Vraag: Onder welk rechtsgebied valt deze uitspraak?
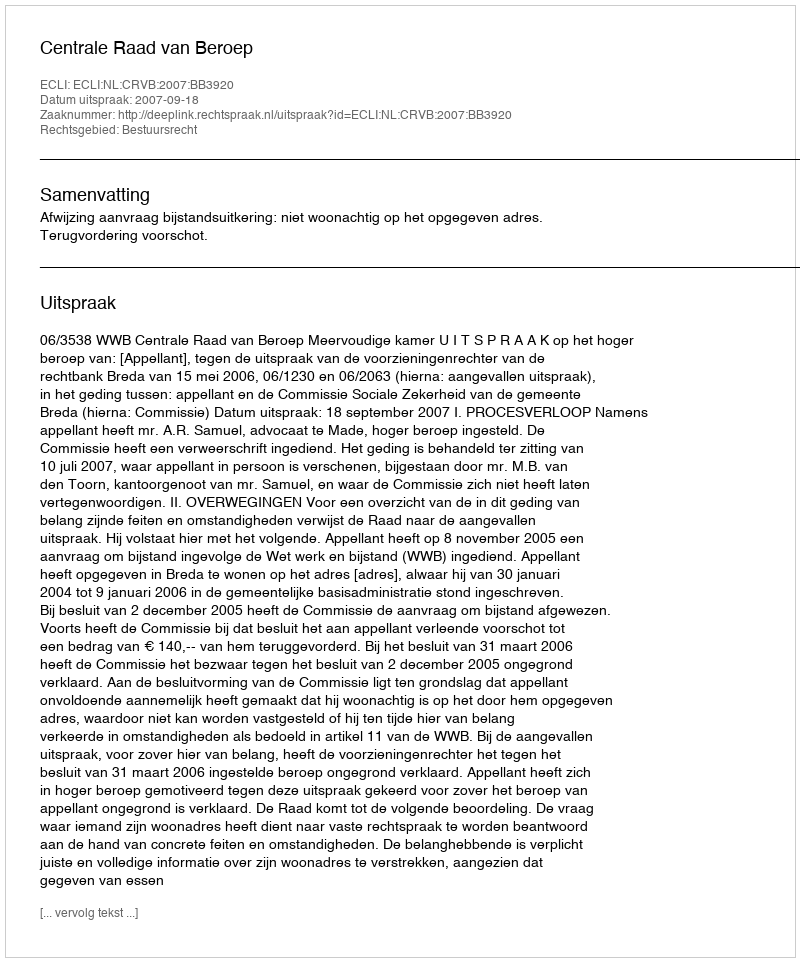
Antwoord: Bestuursrecht